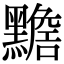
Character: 𪒧